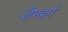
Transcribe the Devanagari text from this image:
शैन्बर्ग